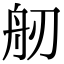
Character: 𦨔